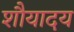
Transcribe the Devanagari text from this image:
शौयादय